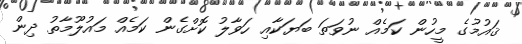
ޤައުމުގެ މީހުން ކަމެއް ނުވަތަ ބަޔަކާއި ހަވާލު ކޮށްގެން ކަމެއް މައުލޫމާތު ދިން